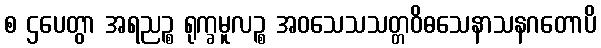
စ ဌပေတွာ အရညဉ္စ ရုက္ခမူလဉ္စ အဝသေသသတ္တဝိဓသေနာသနဂတောပိ